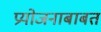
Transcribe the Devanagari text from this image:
प्रयोजनाबाबत